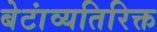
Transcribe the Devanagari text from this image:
बेटांव्यतिरिक्त